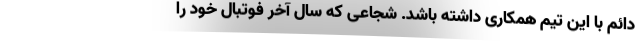
دائم با این تیم همکاری داشته باشد. شجاعی که سال آخر فوتبال خود را